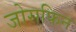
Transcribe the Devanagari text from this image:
जोसफिन